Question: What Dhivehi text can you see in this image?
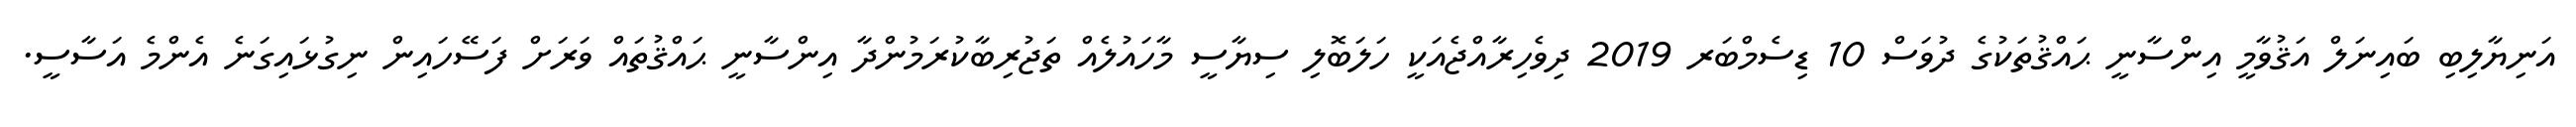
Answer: އަނިޔާލިބި ބައިނަލް އަޤުވާމީ އިންސާނީ ޙައްޤުތަކުގެ ދުވަސް 10 ޑިސެމްބަރ 2019 ދިވެހިރާއްޖެއަކީ ހަލަބޮލި ސިޔާސީ މާހައުލެއް ތަޖުރިބާކުރަމުންދާ އިންސާނީ ޙައްޤުތައް ވަރަށް ފަސޭހައިން ނިގުޅައިގަނެ އެންމެ އަސާސީ.